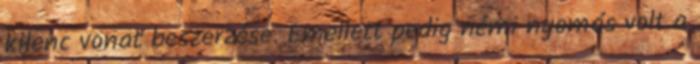
kilenc vonat beszerzése. Emellett pedig némi nyomás volt a